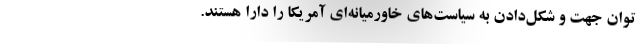
توان جهت و شکل‌دادن به سیاست‌های خاورمیانه‌ای آمریکا را دارا هستند.